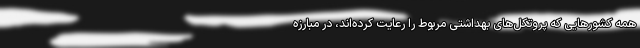
همه کشورهایی که پروتکل‌های بهداشتی مربوط را رعایت کرده‌اند، در مبارزه